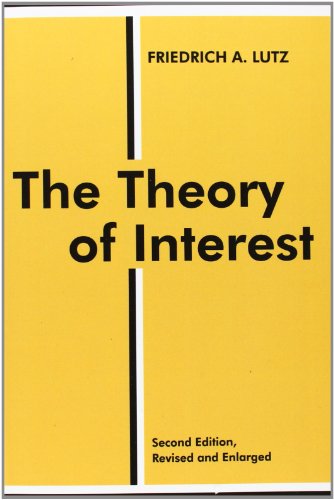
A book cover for The Theory of Interest (Sociology and Economics); Friedrich A. Lutz; Business & Money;